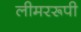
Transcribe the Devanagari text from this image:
लीमररूपी